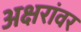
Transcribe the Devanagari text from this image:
अक्षरांवर